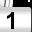
Digit: 1